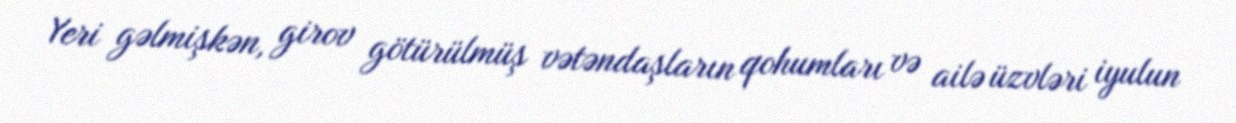
Yeri gəlmişkən, girov götürülmüş vətəndaşların qohumları və ailə üzvləri iyulun